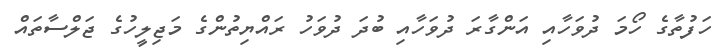
ހަފުތާގެ ހޯމަ ދުވަހާއި އަންގާރަ ދުވަހާއި ބުދަ ދުވަހު ރައްޔިތުންގެ މަޖިލީހުގެ ޖަލްސާތައް